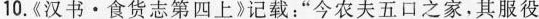
10.《汉书·食货志第四上》记载：”今农夫五口之家，其服役